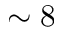
\sim 8